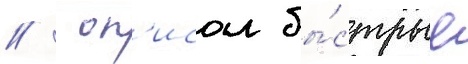
//  оп'исал бы́стрые